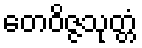
တေဝိဇ္ဇသုတ္တံ